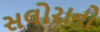
સલોરાનો